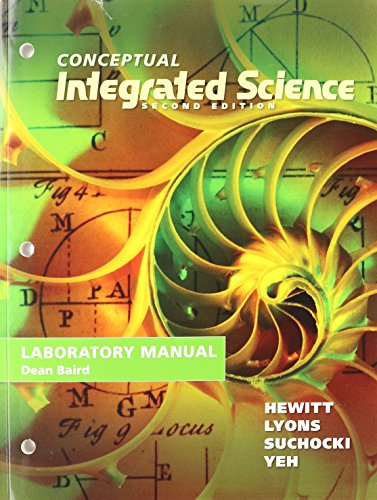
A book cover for Lab Manual for Conceptual Integrated Science; Paul G. Hewitt; Science & Math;